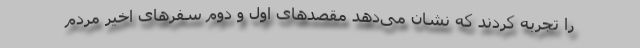
را تجربه کردند که نشان می‌دهد مقصد‌های اول و دوم سفر‌های اخیر مردم